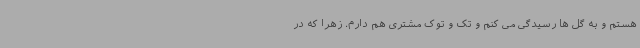
هستم و به گل ها رسیدگی می کنم و تک و توک مشتری هم دارم. زهرا که در